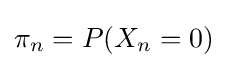
\pi _{n}=P(X_{n}=0)